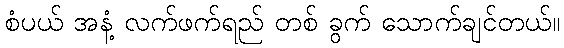
စံပယ် အနံ့ လက်ဖက်ရည် တစ် ခွက် သောက်ချင်တယ်။